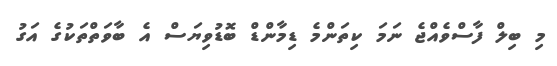
މި ބިލް ފާސްވެއްޖެ ނަމަ ކިތަންމެ ޑިމާންޑް ބޮޑުވިޔަސް އެ ބާވަތްތަކުގެ އަގު